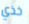
خذي